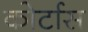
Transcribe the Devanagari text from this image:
कोर्टास